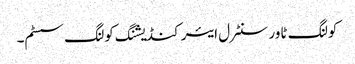
کولنگ ٹاور سنٹرل ایئر کنڈیشنگ کولنگ سسٹم۔